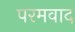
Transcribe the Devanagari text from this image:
परमवाद